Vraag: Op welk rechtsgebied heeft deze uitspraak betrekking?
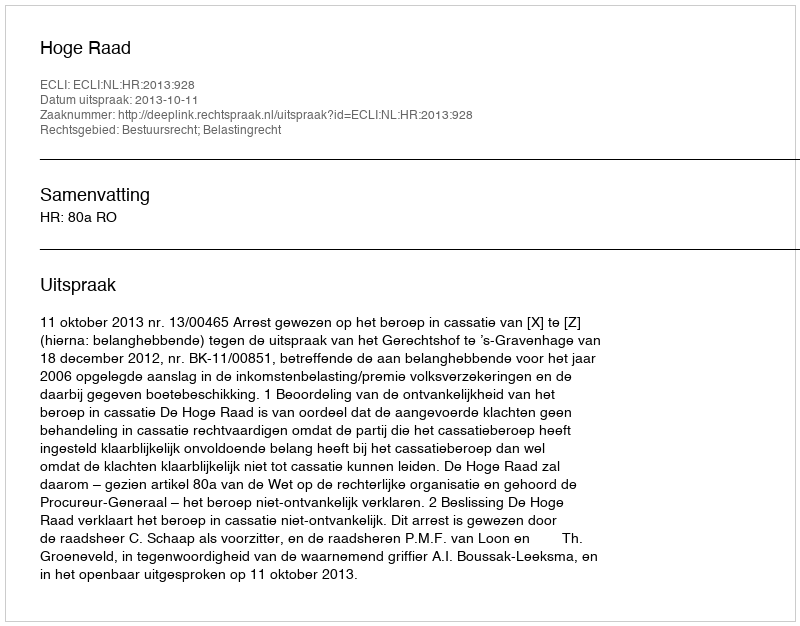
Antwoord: Bestuursrecht; Belastingrecht